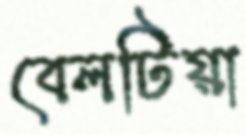
বেলটিয়া